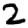
Digit: 2